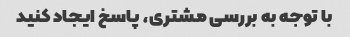
با توجه به بررسی مشتری، پاسخ ایجاد کنید